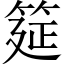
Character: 筵